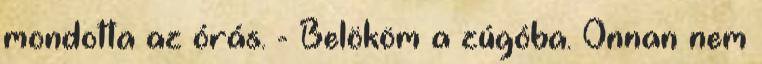
mondotta az órás. - Belököm a zúgóba. Onnan nem